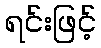
ရင်းဖြင့်